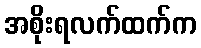
အစိုးရလက်ထက်က